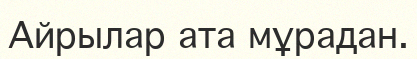
Айрылар ата мұрадан.